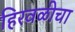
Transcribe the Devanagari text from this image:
हिरवळीचा